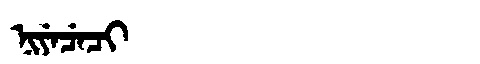
Manchu: ᠨᡳᠶᡝᠴᡝᠴᡳ
Romanization: NIYECECI